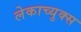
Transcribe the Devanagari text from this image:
लेकाच्युक्स